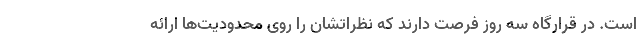
است. در قرارگاه سه روز فرصت دارند که نظراتشان را روی محدودیت‌ها ارائه